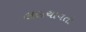
લલચાવતો